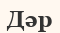
Дәр